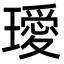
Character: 璦